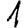
Digit: 1